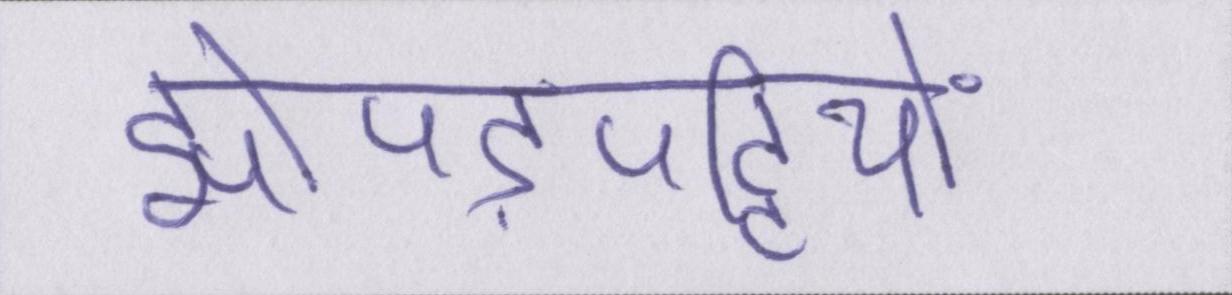
झोपड़पट्टियों